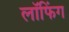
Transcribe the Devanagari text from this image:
लॉफिंग